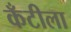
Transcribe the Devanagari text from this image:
कँटीला